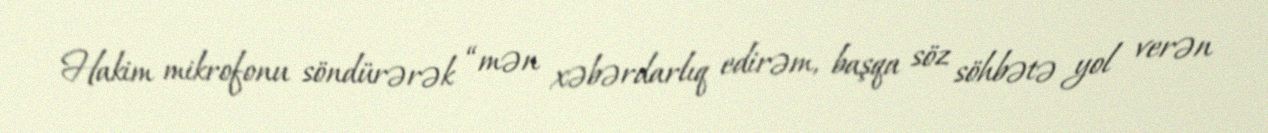
Hakim mikrofonu söndürərək “mən xəbərdarlıq edirəm, başqa söz söhbətə yol verən